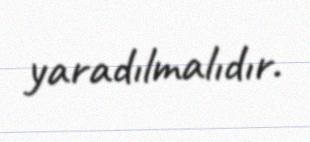
yaradılmalıdır.